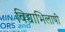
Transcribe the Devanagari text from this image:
विद्याभिलाषी